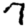
Digit: 7